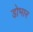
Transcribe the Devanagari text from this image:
डोभार